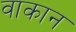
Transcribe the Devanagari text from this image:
वाकान